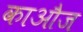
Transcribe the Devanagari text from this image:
काऔज